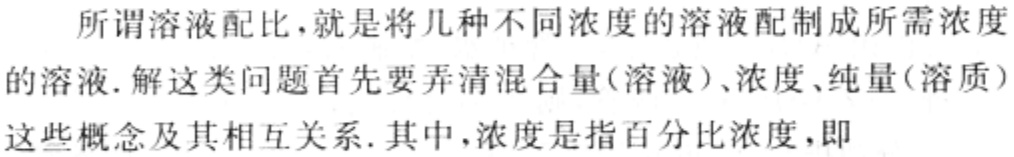
所谓溶液配比，就是将几种不同浓度的溶液配制成所需浓度
的溶液. 解这类问题首先要弄清混合量(溶液)、浓度、纯量(溶质)
这些概念及其相互关系. 其中，浓度是指百分比浓度，即